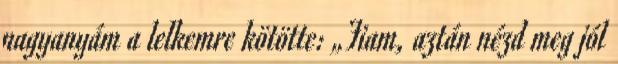
nagyanyám a lelkemre kötötte: „Fiam, aztán nézd meg jól